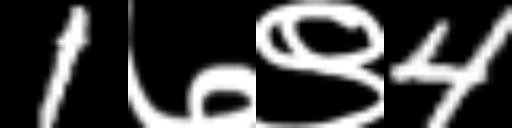
Text: 1७९4